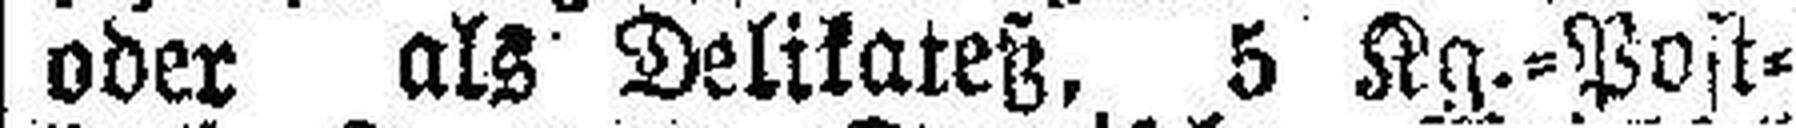
oder als Delikateß, 5 Kg.=Post¬